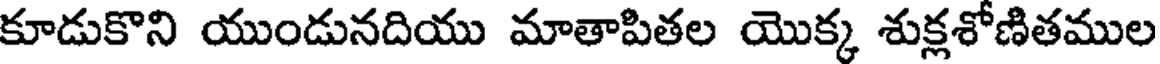
కూడుకొని యుండునదియు మాతాపితల యొక్క శుక్లశోణితముల